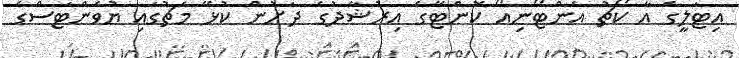
އިޓަލީގެ އާ ކޯޗު އެންޓޯނިއޯ ކޮންޓޭގެ އިރުޝާދުގެ ދަށުން ކުޅޭ މެޗުގައި ޔުވެންޓަސްގެ